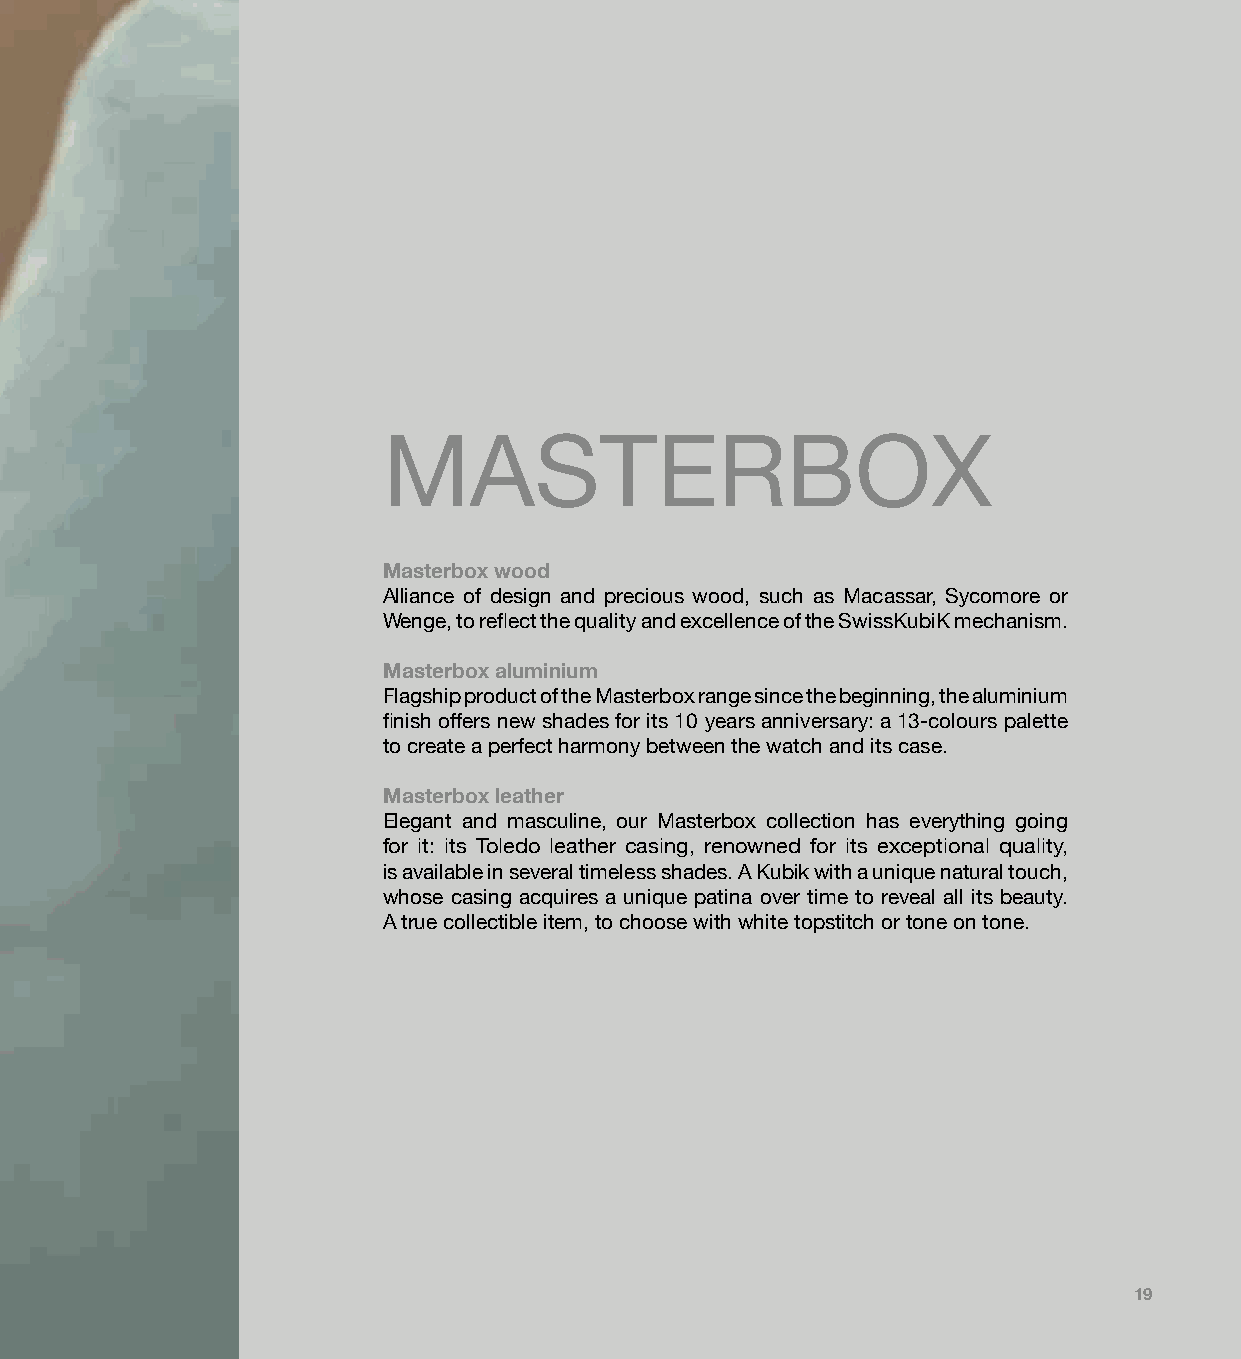
MASTERBOX
 Masterbox wood
 Alliance of design and precious wood, such as Macassar, Sycomore or
 Wenge, to reflect the quality and excellence of the SwissKubiK mechanism.
 Masterbox aluminium
 Flagship product of the Masterbox range since the beginning, the aluminium
 finish offers new shades for its 10 years anniversary: a 13-colours palette
 to create a perfect harmony between the watch and its case.
 Masterbox leather
 Elegant and masculine, our Masterbox collection has everything going
 for it: its Toledo leather casing, renowned for its exceptional quality,
 is available in several timeless shades. A Kubik with a unique natural touch,
 whose casing acquires a unique patina over time to reveal all its beauty.
 A true collectible item, to choose with white topstitch or tone on tone.
 19